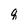
Character: q